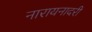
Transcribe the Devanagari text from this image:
नारायनादरी